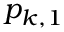
p _ { k , 1 }